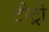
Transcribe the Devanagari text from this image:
टीट्रो